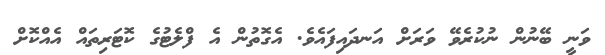
ވަނީ ބޭނުން ނުކުރެވޭ ވަރަށް އަނދައިފައެވެ. އެގޮތުން އެ ފްލެޓުގެ ކޮޓަރިތައް އެއްކޮށް